Lunatic asylums Madras 1892-1911 - 1892-1911
Year: 1892
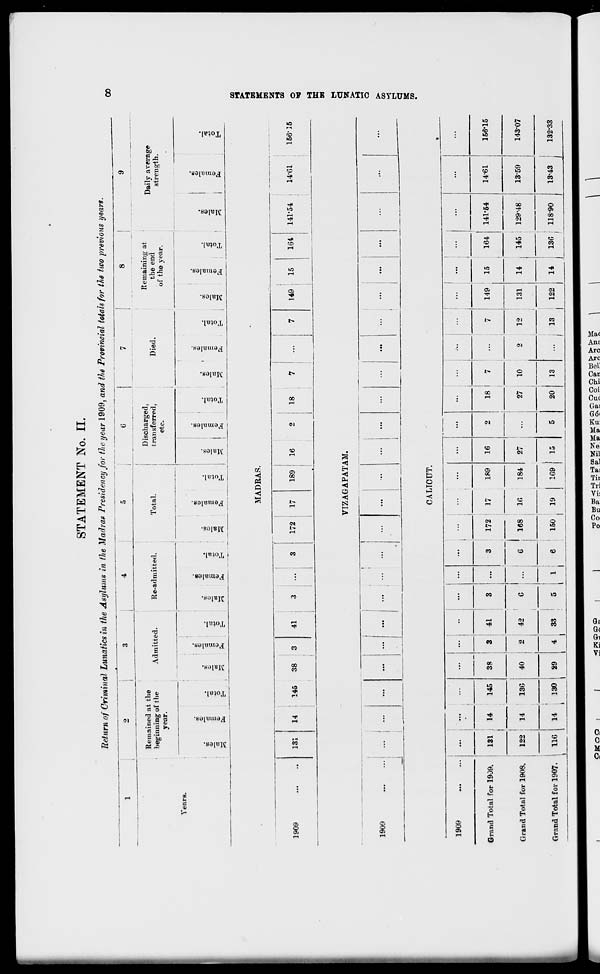
STATEMENT No. II.
lief urn of Criminal Lunatics in the Asylums in the Madras .Presidency for the year 1909, and the Provincial totals for the two previous years.
GO
VearB.
1909
Remained at the
beginning of the
year.
00
0!
'-
fa
131
es
O
EH
Admitted.
14
145
38
•j.
O
41
Re-admitted.
O
"3
r3
m
o
"5
-:
c
fa
Total.
£
fa
Discliarged,
transferred,
etc.
00
01
£
i
6
c!
o
O
fa
£-1
MADRAS.
Died.
Remaining at
the end
of the year.
a.
_4)
"3
fa
o
0)
O)
fa
172
17
189 : 16
18
149
15
164
05
Daily average
strength.
01
41
-
fa
o
141-54
14-61
156-15
Cfi
g
S
cc
O
H
K
W
1909
J
VIZAGAPATAM.
a
|
i—i
Q
00
H
tr"
CALTCUT.
1909
Grand Total for 1909.
Grand Total for 1908.
Grand Total for 1907.
131
14
145
116
122
14
136
14
130
38
3
41
40
29
2
42
6
I
4 I 33
5
I
[
16
150
19
I
I
I
3
172
17
189
6
168
16
184
169
16
27
15
18 I
7
27
10
20
13
149
12
131
13
122
14
14
15
164 141-54
145
129-48
14-61
156-15
13-59
143-07
136
11890
13-43
132*33
I
I
J
?KPQ ,
<JWPDO
o o
\
\